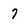
Character: 7